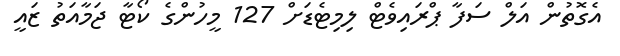
އެގޮތުން އަލް ސަފާ ޕްރައިވެޓް ލިމިޓެޑަށް 127 މީހުންގެ ކޯޓާ ޖަމާއަތު ޒައީ